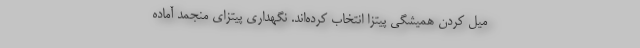
میل کردن همیشگی پیتزا انتخاب کرده‌اند. نگهداری پیتزای منجمد آماده